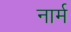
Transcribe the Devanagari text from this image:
नार्म